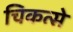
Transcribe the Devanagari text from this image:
चिकत्से